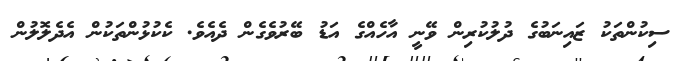
ސިކުންތަކު ޒައިނަބުގެ ދުލުކުރިން ވޭނީ އާހެއްގެ އަޑު ބޭރުވެގެން ދެއެވެ. ކެކުޅުންތަކުން އެދެލޮލުން